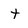
Character: t